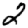
Digit: 2